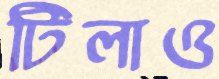
টিলাও